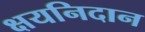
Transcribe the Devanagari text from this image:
क्षयनिदान